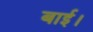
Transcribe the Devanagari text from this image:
बाई।